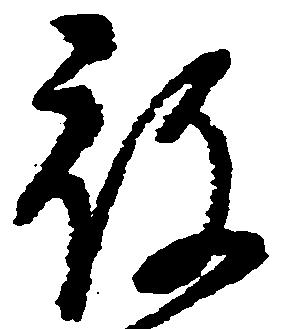
被